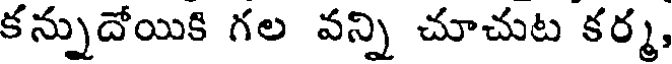
కన్నుదోయికి గల వన్ని చూచుట కర్మ,